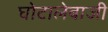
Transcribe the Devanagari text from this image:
घोटालेबाजी